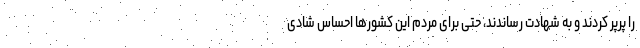
را پرپر کردند و به شهادت رساندند، حتی برای مردم این کشورها احساس شادی